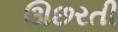
ઊછરતી